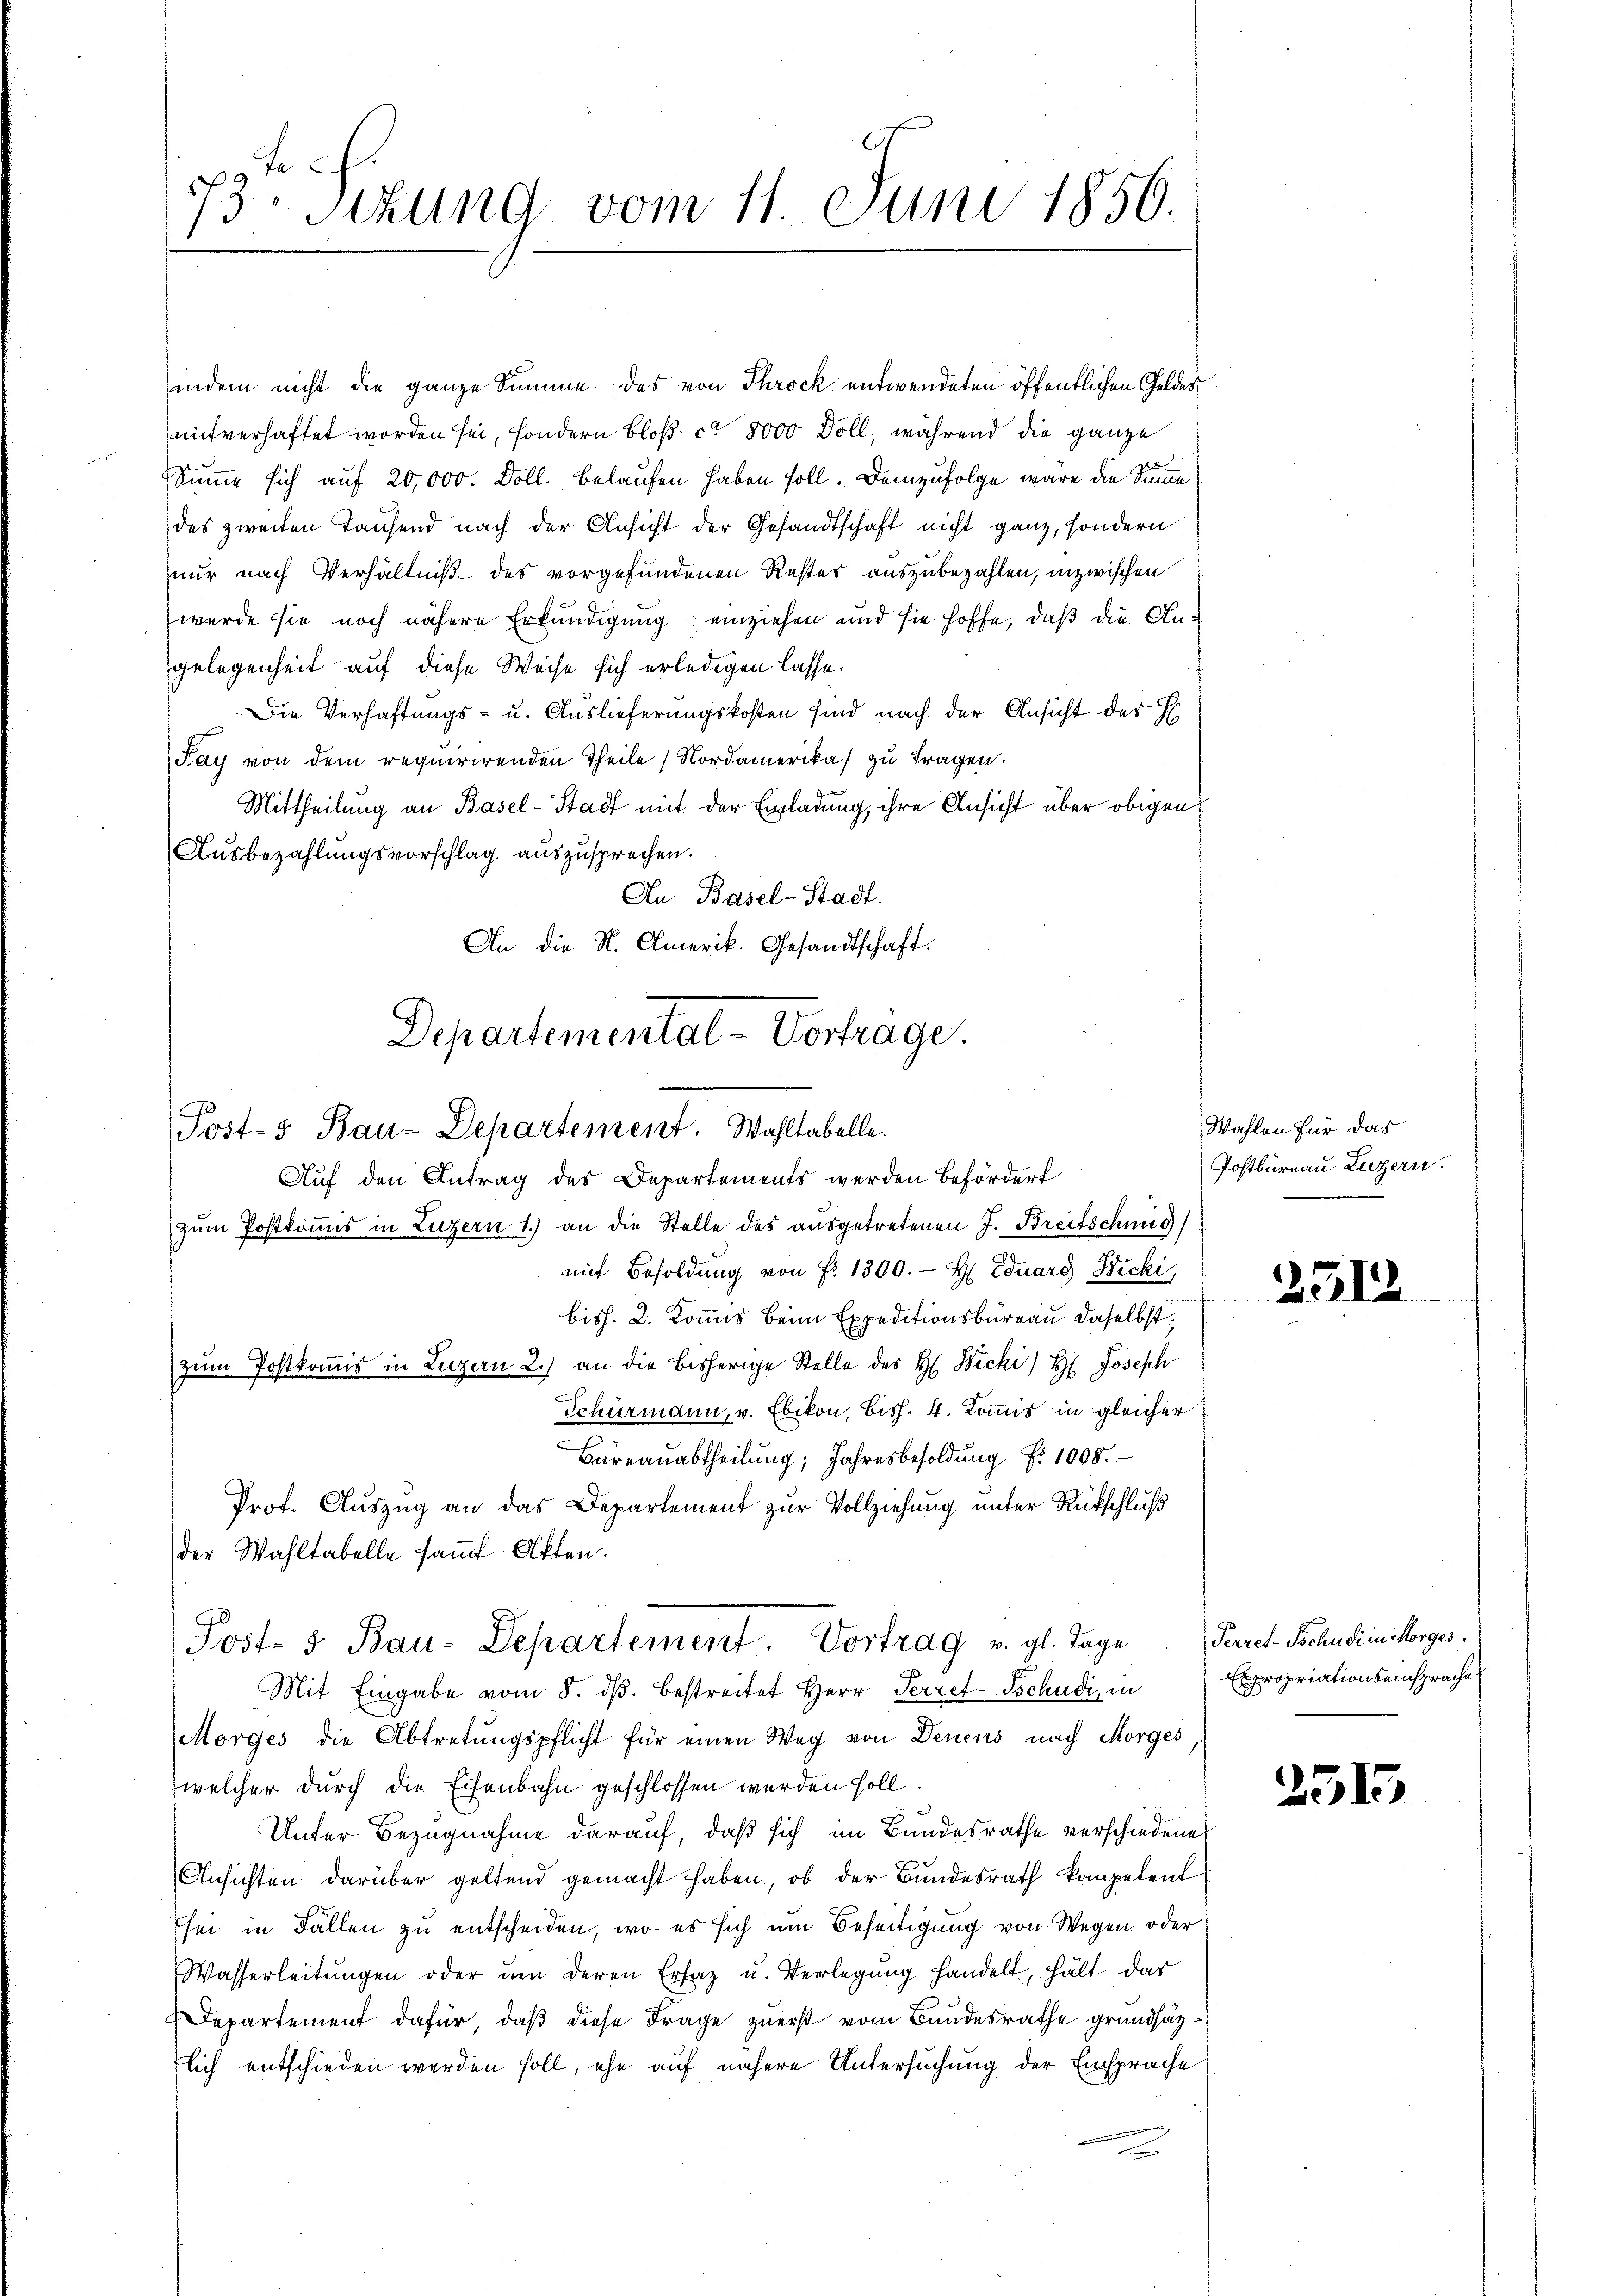
73. Sizung vom 11. Juni 1856.

indem nicht die ganze Summe das von Throck entwendeten öffentlichen Geldes
mitverhaftet worden sei, sondern bloß ca 8000 Doll, während die ganze
Summe sich auf 20,000. Doll. belaufen haben soll. Demzufolge wäre die Summe
des zweiten Tausend nach der Ansicht der Gesandtschaft nicht ganz, sondern
nur nach Verhältniß des vorgefundenen Rester auszubezahlen, inzwischen
wurde sie noch nähere Erkundigung einziehen und sie hoffe, daß die Angelegenheit auf diese Weise sich erledigen lasse.
Die Verhaftungs- u. Auslieferungskosten sind nach der Ansicht der H
Pay von dem requirirenden Theile (Nordamerika zu fragen.
Mittheilung an Basel-Stadt mit der Einladung, ihre Ansicht über obigen
Ausbezahlungsvorschlag auszusprechen.
An Basel-Stadt.
An die K. Amerik. Gesandtschaft.
zum Postkommis in Luzern 1.) an die Stelle des ausgetretenen J. Breitschung
mit Besoldung von f. 1300.- H. Eduard Bicki,
bish. 2. Kommis beim Expeditionsbüreau daselbst
zum Postkommis in Luzern 2.) an die bisherige Stelle des H. Bicki) Hr. Joseph
Schürmann, v. Ebikon, Bish. 4. Kommis in gleicher
Büreaŭabtheilŭng, Jahresbesoldŭng f. 1008.
Prof. Auszug an das Departement zur Vollziehung unter Rückschluß
der Wahltabelle samt Otten.
Post- 5. Bau-Departement. Vortrag v. gl. Tage Perret-Schuck in Morges.
Mit Eingabe vom 8. dβ bestreitet Herr Perref-Tschudi, in
Morges die Abtretungspflicht für einen Weg von Denens nach Morges
(welcher durch die Eisenbahn geschlossen werden soll.
Unter Bezugnahme darauf, daß sich im Bundesrathe verschiedene
Ansichten darüber geltend gemacht haben, ob der Bundesrath kompetent
sei in Fallen zu entscheiden, wo es sich um Beseitigung von Wegen oder
Wasserleitŭngen oder ŭm deren Ersaz u. Verlegŭng handelt, hält das
Departement dafür, daß diese Frage zuerst vom Bundesrathe grundsätzflich entschieden werden soll, ehe auf nähere Untersuchung der Einsprache
2

Departemental-Vorträge.
Post-5 Bau-Departement. Wahltabelle.
Auf den Antrag des Departements werden Befördert

Wahlen für das
Postbüreau Luzern.
e

2512

Expropriationseinsprache

2515